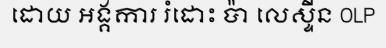
ដោយ អង្គការ រំដោះ ប៉ា លេស្ទីន OLP